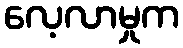
လေ့လာမှုက